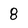
Character: 8